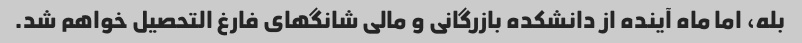
بله، اما ماه آینده از دانشکده بازرگانی و مالی شانگهای فارغ التحصیل خواهم شد.